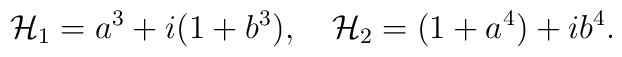
{\cal H}_1=a^3+i(1+b^3),\quad {\cal H}_2=(1+a^4)+ib^4.